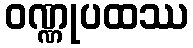
ဝဏ္ဏုပထဿ